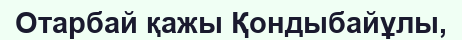
Отарбай қажы Қондыбайұлы,